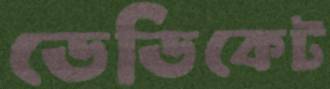
ডেডিকেট